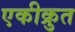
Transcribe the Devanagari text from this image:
एकीक्रुत